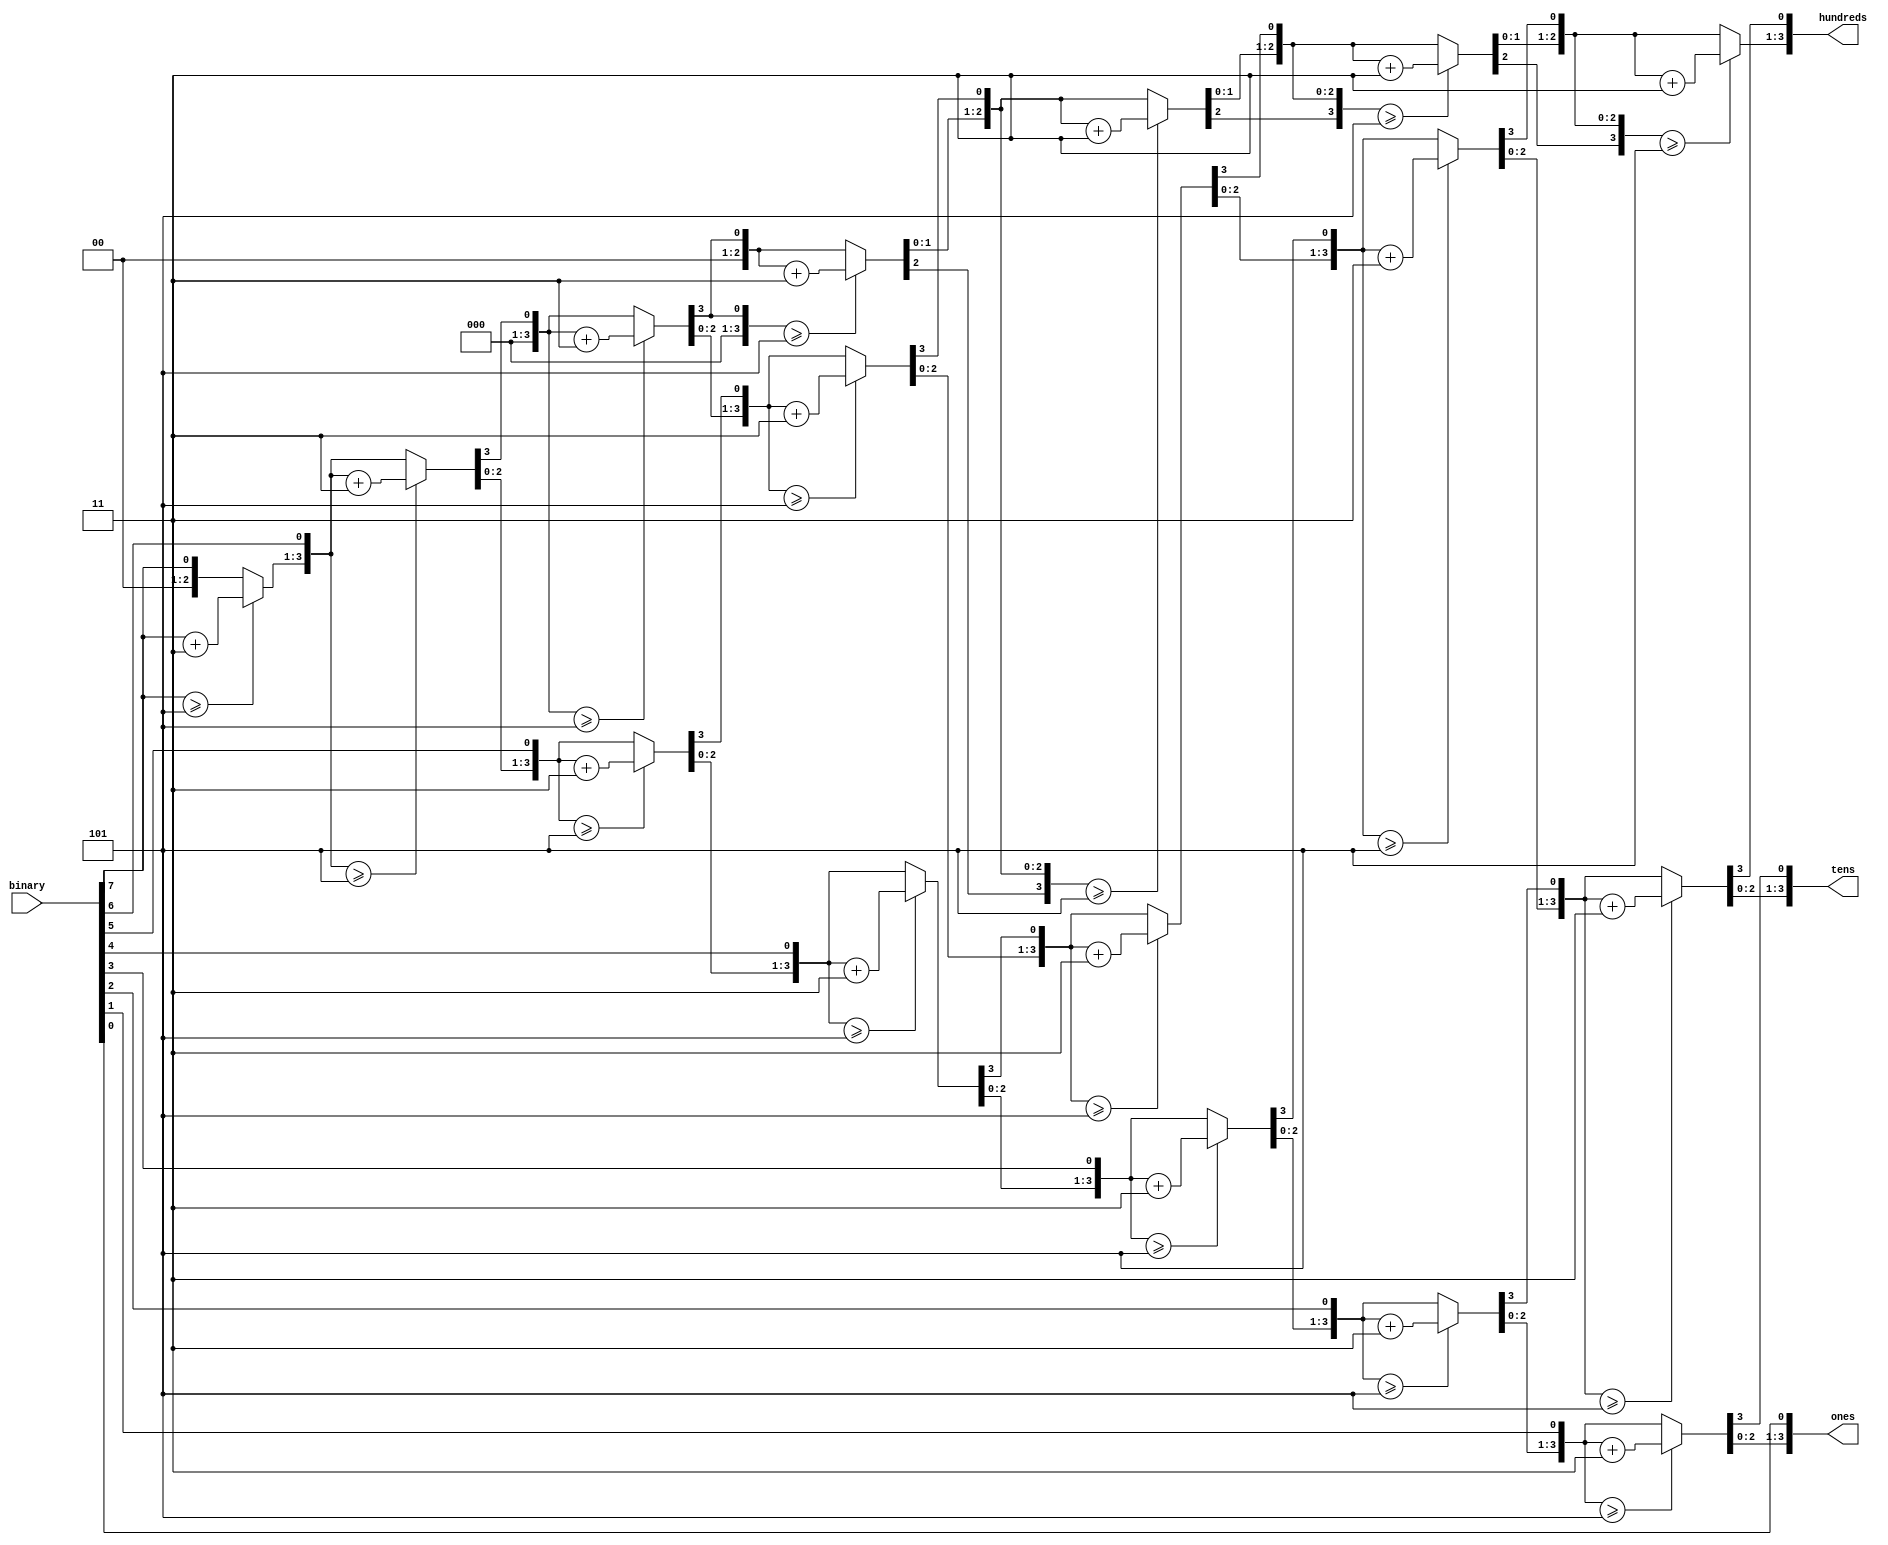
`timescale 1ns / 1ps
//////////////////////////////////////////////////////////////////////////////////
// Company: 
// Engineer: 
// 
// Design Name: 
// Module Name: bcd_converter_3bit
// Project Name: 
// Target Devices: 
// Tool Versions: 
// Description: 
// 
// Dependencies: 
// 
// Revision:
// Revision 0.01 - File Created
// Additional Comments:
// 
//////////////////////////////////////////////////////////////////////////////////


module bcd_converter_3bit(
input [7:0] binary,
output reg[3:0] hundreds,tens,ones
    );
    
    integer i;
    always@(binary)
    begin
        hundreds=4'd0;
        tens=4'd0;
        ones=4'd0;
        for(i=7;i>=0;i=i-1)
        begin
            if(hundreds>=5)
            hundreds=hundreds+3;        
            if(tens>=5)
                tens=tens+3;
            if(ones>=5)
                ones=ones+3;
            hundreds=hundreds<<1;
            hundreds[0]=tens[3];                
            tens=tens<<1;
            tens[0]=ones[3];
            ones=ones<<1;
            ones[0]=binary[i];
        end
    end
endmodule